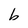
Character: b